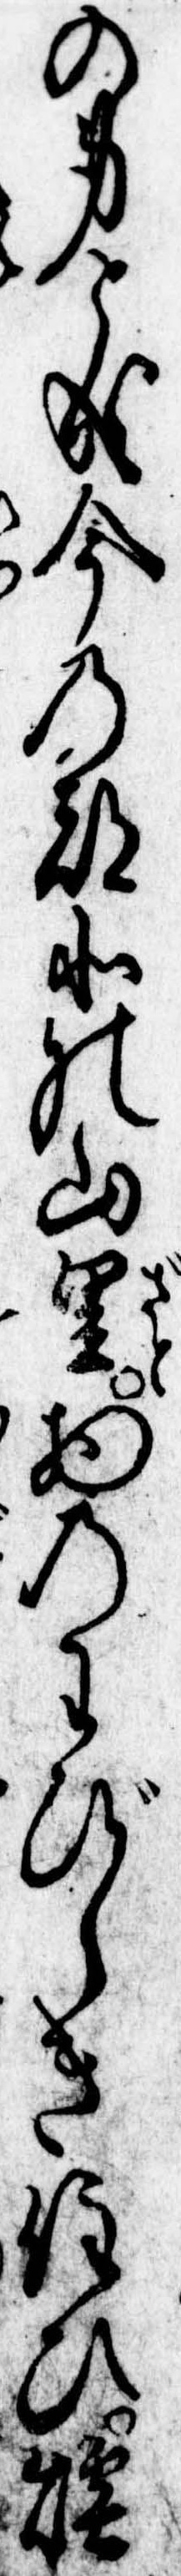
の身と成今の都北の山里物のわびしき住ひ煙